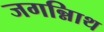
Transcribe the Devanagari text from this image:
जगन्नािथ